Pusta,_Kaarel_Robert, lk 19
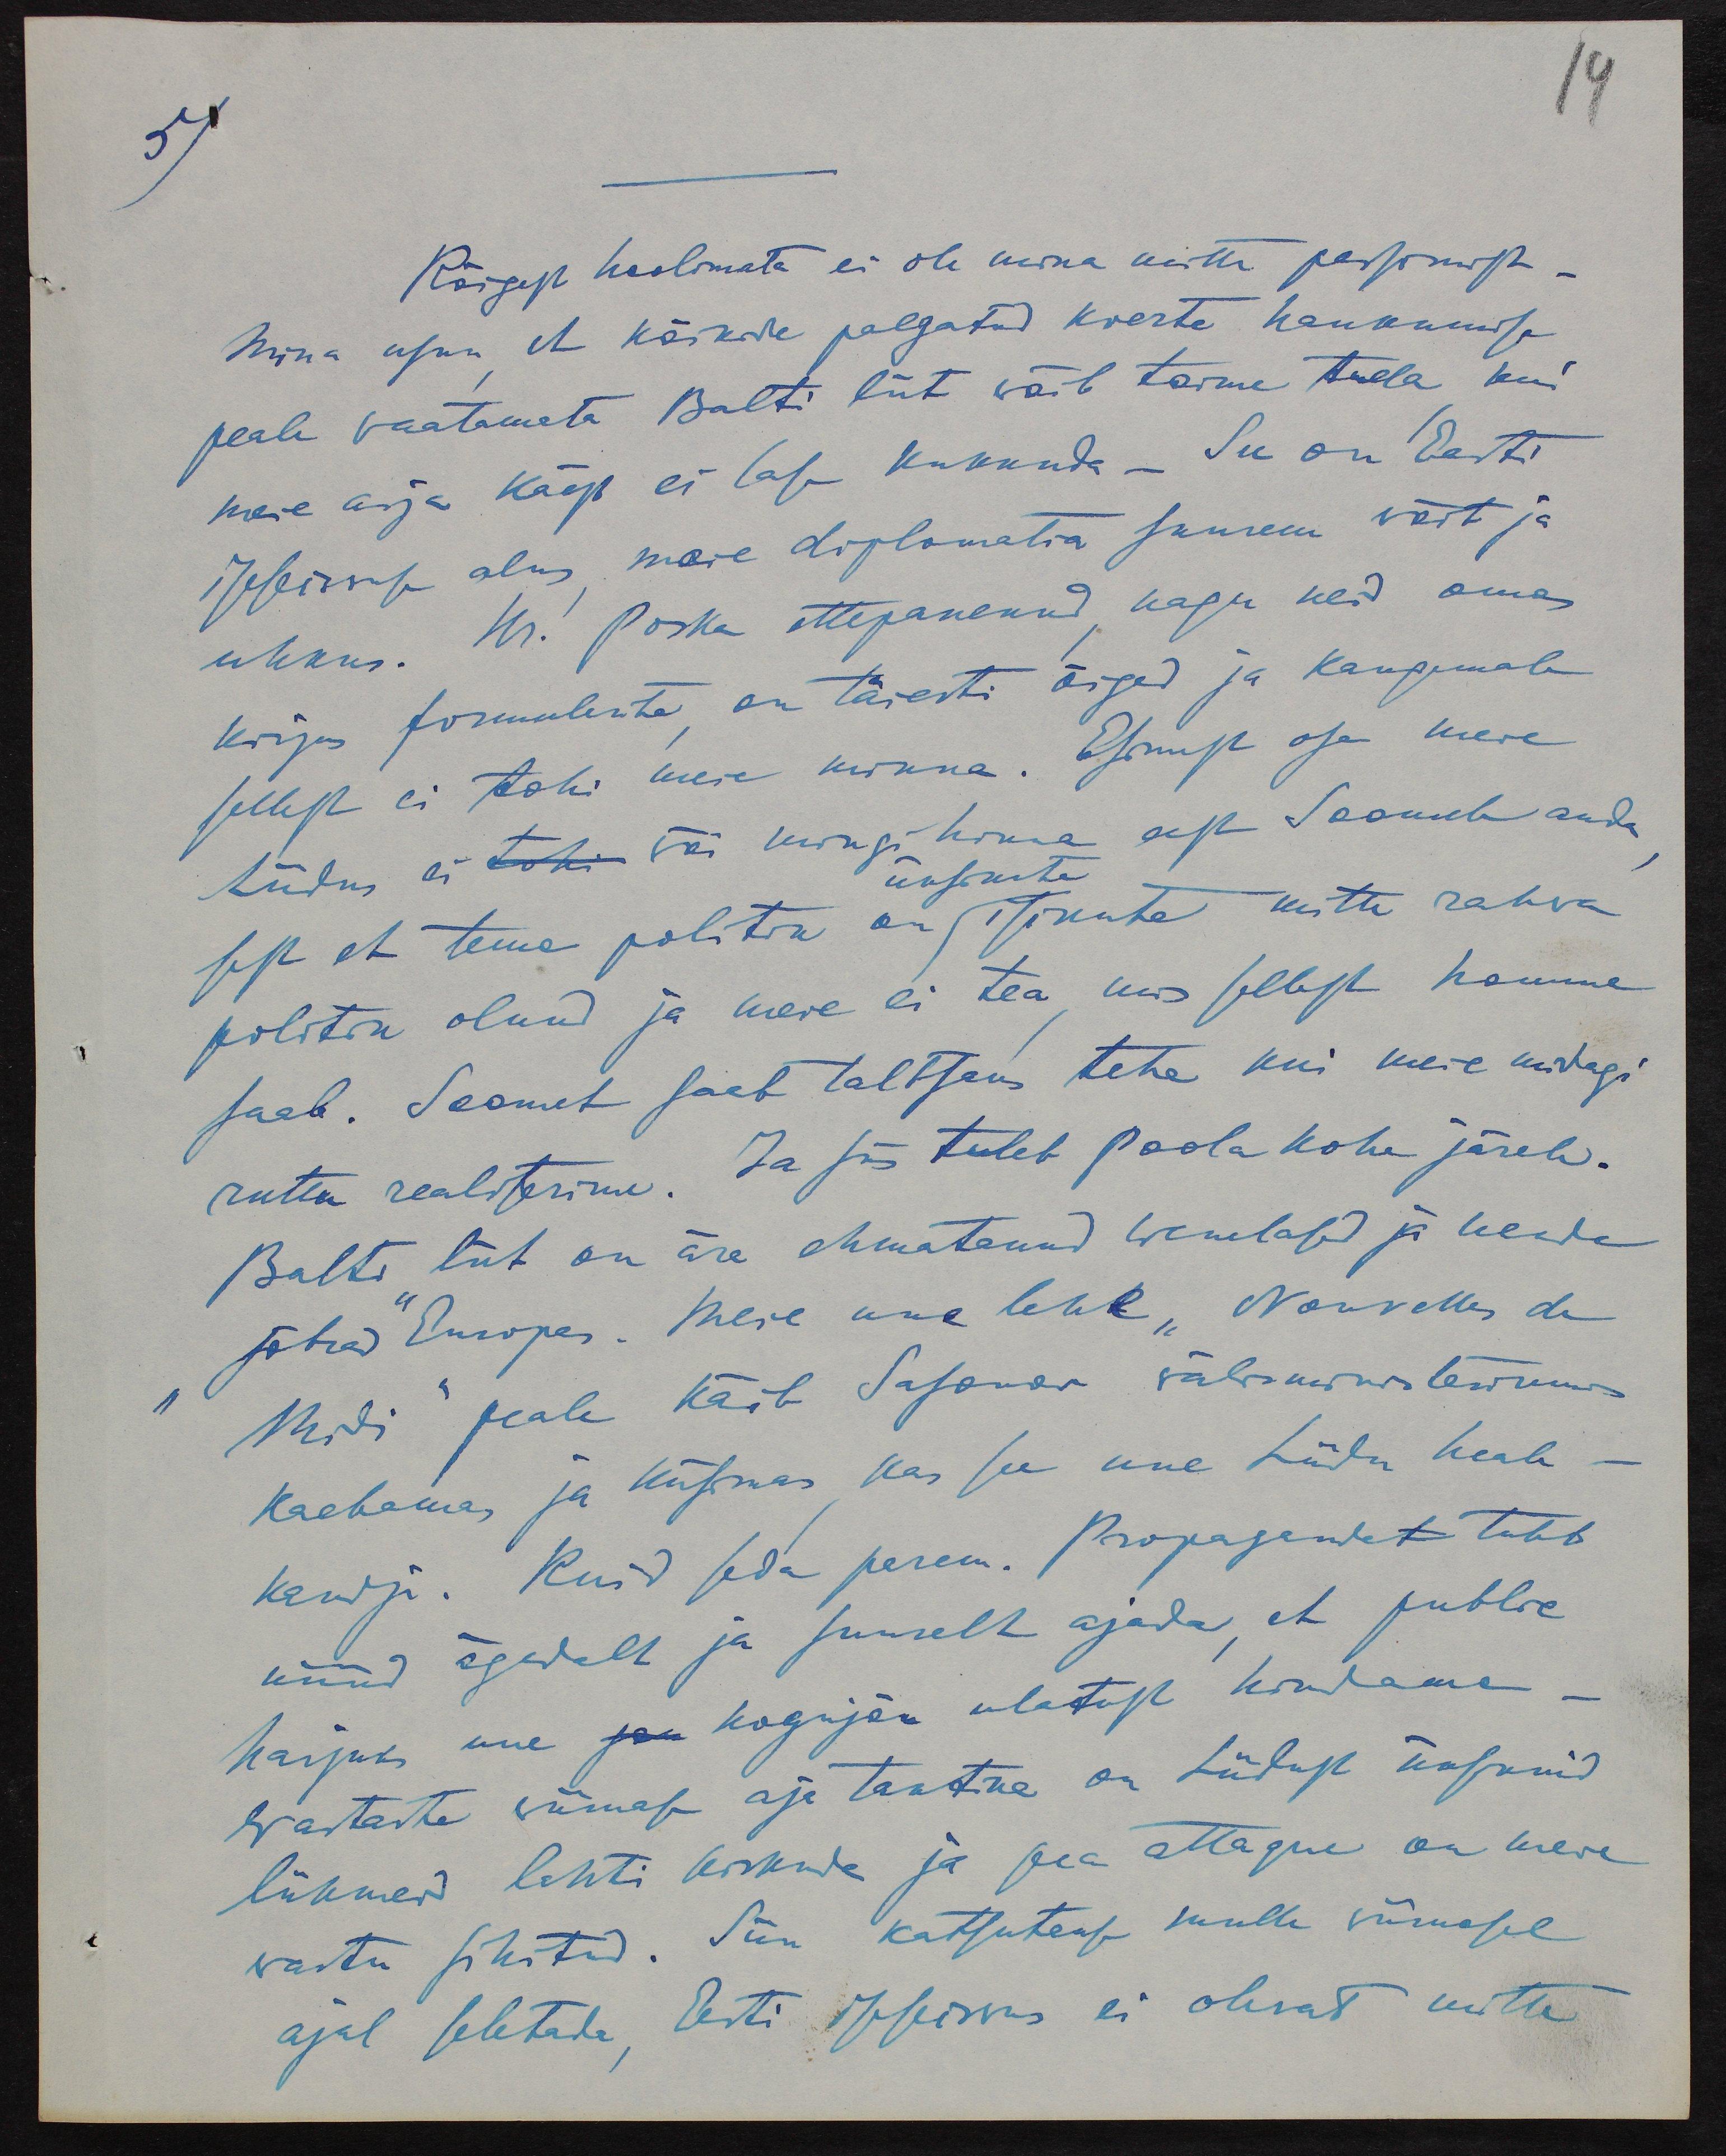
14
5).
Kõigest hoolimata ei ole mina mitte pessimist-
Mina usun et kõikide palgatud koerte haukumise
peale vaatamata Balti liit võib toime tulla kui
meie asja käest ei lase kukkuda - See on Eesti
iseseisvuse alus meie diplomatia suurem võit ja
uhkus. Hr. Poska ettepanenud, nagu neid omas
kirjas formulerite on täiesti õiged ja kaugemale
sellest ei tohi meie minna. Esimest osa meie
Liidus ei või mingi hinna eest Soomele anda
üksikute
sest et tema politik on isikute mitte rahva
politik olnud ja meie ei tea, mis sellest homme
saab. Soomet saab taltsaks teha kui meie midagi
ruttu realiserime. Ja siis tuleb Poola kohe järele.
Balti liit on ära ehmatanud Wenelased ja nende
"sõbrad" Euroopas. Meie uue lehe "Nouvelles de
Midi" peale käib Safonov välisministeeriumis
kaebamas ja küsimas kas see uue Liidu heale-
kandja. Kuid seda parem. Propagandat tuleb
nüüd ägedalt ja suurelt ajada, et public
harjuks uue kogujõu ulatust hindama-
wastaste wiimase aja taktika on Liidust üksikuid
liikmeid lahti kiskuda ja pea attaque on meie
wastu sihitud. Siin katsutakse mulle viimasel
ajal seletada, Eesti iseseisvus ei olevat mitte